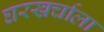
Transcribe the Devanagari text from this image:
घरखर्चाला